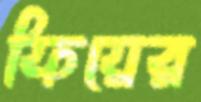
ফিয়ের